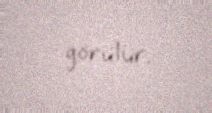
görülür.